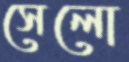
সেলো